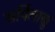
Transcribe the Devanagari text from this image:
सर्पिलाणु